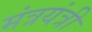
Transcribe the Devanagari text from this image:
मंत्रयंत्री